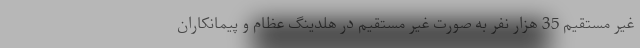
غیر مستقیم 35 هزار نفر به صورت غیر مستقیم در هلدینگ عظام و پیمانکاران